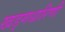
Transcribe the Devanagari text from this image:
खड्गधारिणी